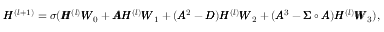
\begin{array} { r } { \pmb { H } ^ { ( l + 1 ) } = \sigma ( \pmb { H } ^ { ( l ) } \pmb { W } _ { 0 } + \pmb { A } \pmb { H } ^ { ( l ) } \pmb { W } _ { 1 } + ( \pmb { A } ^ { 2 } - \pmb { D } ) \pmb { H } ^ { ( l ) } \pmb { W } _ { 2 } + ( \pmb { A } ^ { 3 } - \pmb { \Sigma } \circ \pmb { A } ) \pmb { H } ^ { ( l ) } \pmb { W } _ { 3 } ) , } \end{array}